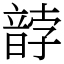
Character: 䪬